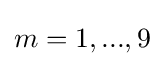
m=1,...,9